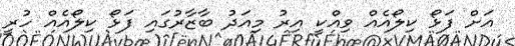
އަށް ފަޅޯ ކިލޯއެއް ވިއްކީ އިރު މިއަދު ބާޒާރުގައި ފަޅޯ ކިލޯއެއް ހުރީ